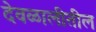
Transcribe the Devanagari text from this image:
देवळालीतील